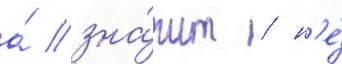
а́ зна́чит / н'е́